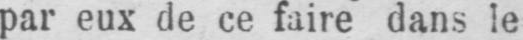
par eux de ce faire dans le